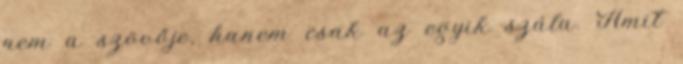
nem a szövője, hanem csak az egyik szála. Amit